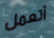
أتعمل